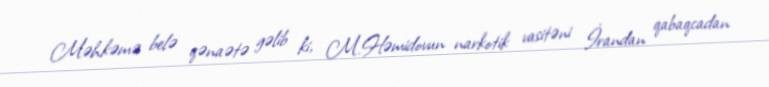
Məhkəmə belə qənaətə gəlib ki, M.Həmidovun narkotik vasitəni İrandan qabaqcadan